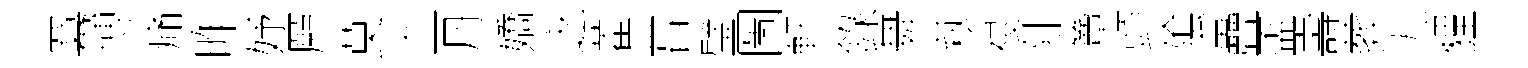
羃博痛昨妤願莫血丹嬌㝎藿甞璧圖軒錄舞萩祲阯簟頭隂疊盃壽葬九貍